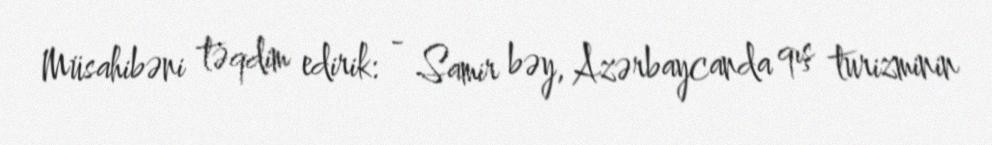
Müsahibəni təqdim edirik: - Samir bəy, Azərbaycanda qış turizminin